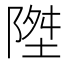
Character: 𱀧